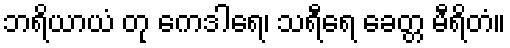
ဘရိယာယံ တု ကေဒါရေ၊ သရီရေ ခေတ္တ မီရိတံ။